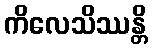
ကိလေသိဿန္တိ